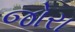
જોરા